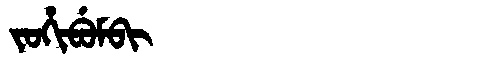
Manchu: ᠵᠣᡥᡳᠪᡠᠮᠪᡳ
Romanization: JOHIBUMBI